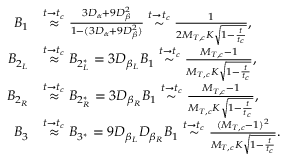
\begin{array} { r l } { B _ { 1 } } & { \stackrel { t \rightarrow t _ { c } } { \approx } \frac { 3 D _ { \alpha } + 9 D _ { \beta } ^ { 2 } } { 1 - ( 3 D _ { \alpha } + 9 D _ { \beta } ^ { 2 } ) } \stackrel { t \rightarrow t _ { c } } { \sim } \frac { 1 } { 2 M _ { T , c } K \sqrt { 1 - \frac { t } { t _ { c } } } } \mathrm { , } } \\ { B _ { 2 _ { L } } } & { \stackrel { t \rightarrow t _ { c } } { \approx } B _ { 2 _ { L } ^ { * } } = 3 D _ { \beta _ { L } } B _ { 1 } \stackrel { t \rightarrow t _ { c } } { \sim } \frac { M _ { T , c } - 1 } { M _ { T , c } K \sqrt { 1 - \frac { t } { t _ { c } } } } \mathrm { , } } \\ { B _ { 2 _ { R } } } & { \stackrel { t \rightarrow t _ { c } } { \approx } B _ { 2 _ { R } ^ { * } } = 3 D _ { \beta _ { R } } B _ { 1 } \stackrel { t \rightarrow t _ { c } } { \sim } \frac { M _ { T , c } - 1 } { M _ { T , c } K \sqrt { 1 - \frac { t } { t _ { c } } } } \mathrm { , } } \\ { B _ { 3 } } & { \stackrel { t \rightarrow t _ { c } } { \approx } B _ { 3 ^ { * } } = 9 D _ { \beta _ { L } } D _ { \beta _ { R } } B _ { 1 } \stackrel { t \rightarrow t _ { c } } { \sim } \frac { ( M _ { T , c } - 1 ) ^ { 2 } } { M _ { T , c } K \sqrt { 1 - \frac { t } { t _ { c } } } } \mathrm { . } } \end{array}